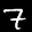
Label: 7